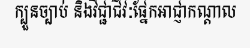
ក្បួនច្បាប់ និងវិជ្ជាជីវៈផ្នែកអាជ្ញាកណ្តាល